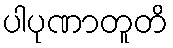
ပါပုဏာတူတိ